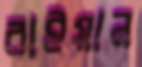
রাইয়ান